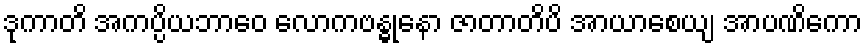
ဒုကာတိ အကပ္ပိယဘာဝေ လောကဗန္ဓုနော ဇာတာတိပိ အာယာစေယျ အာပဏိကော